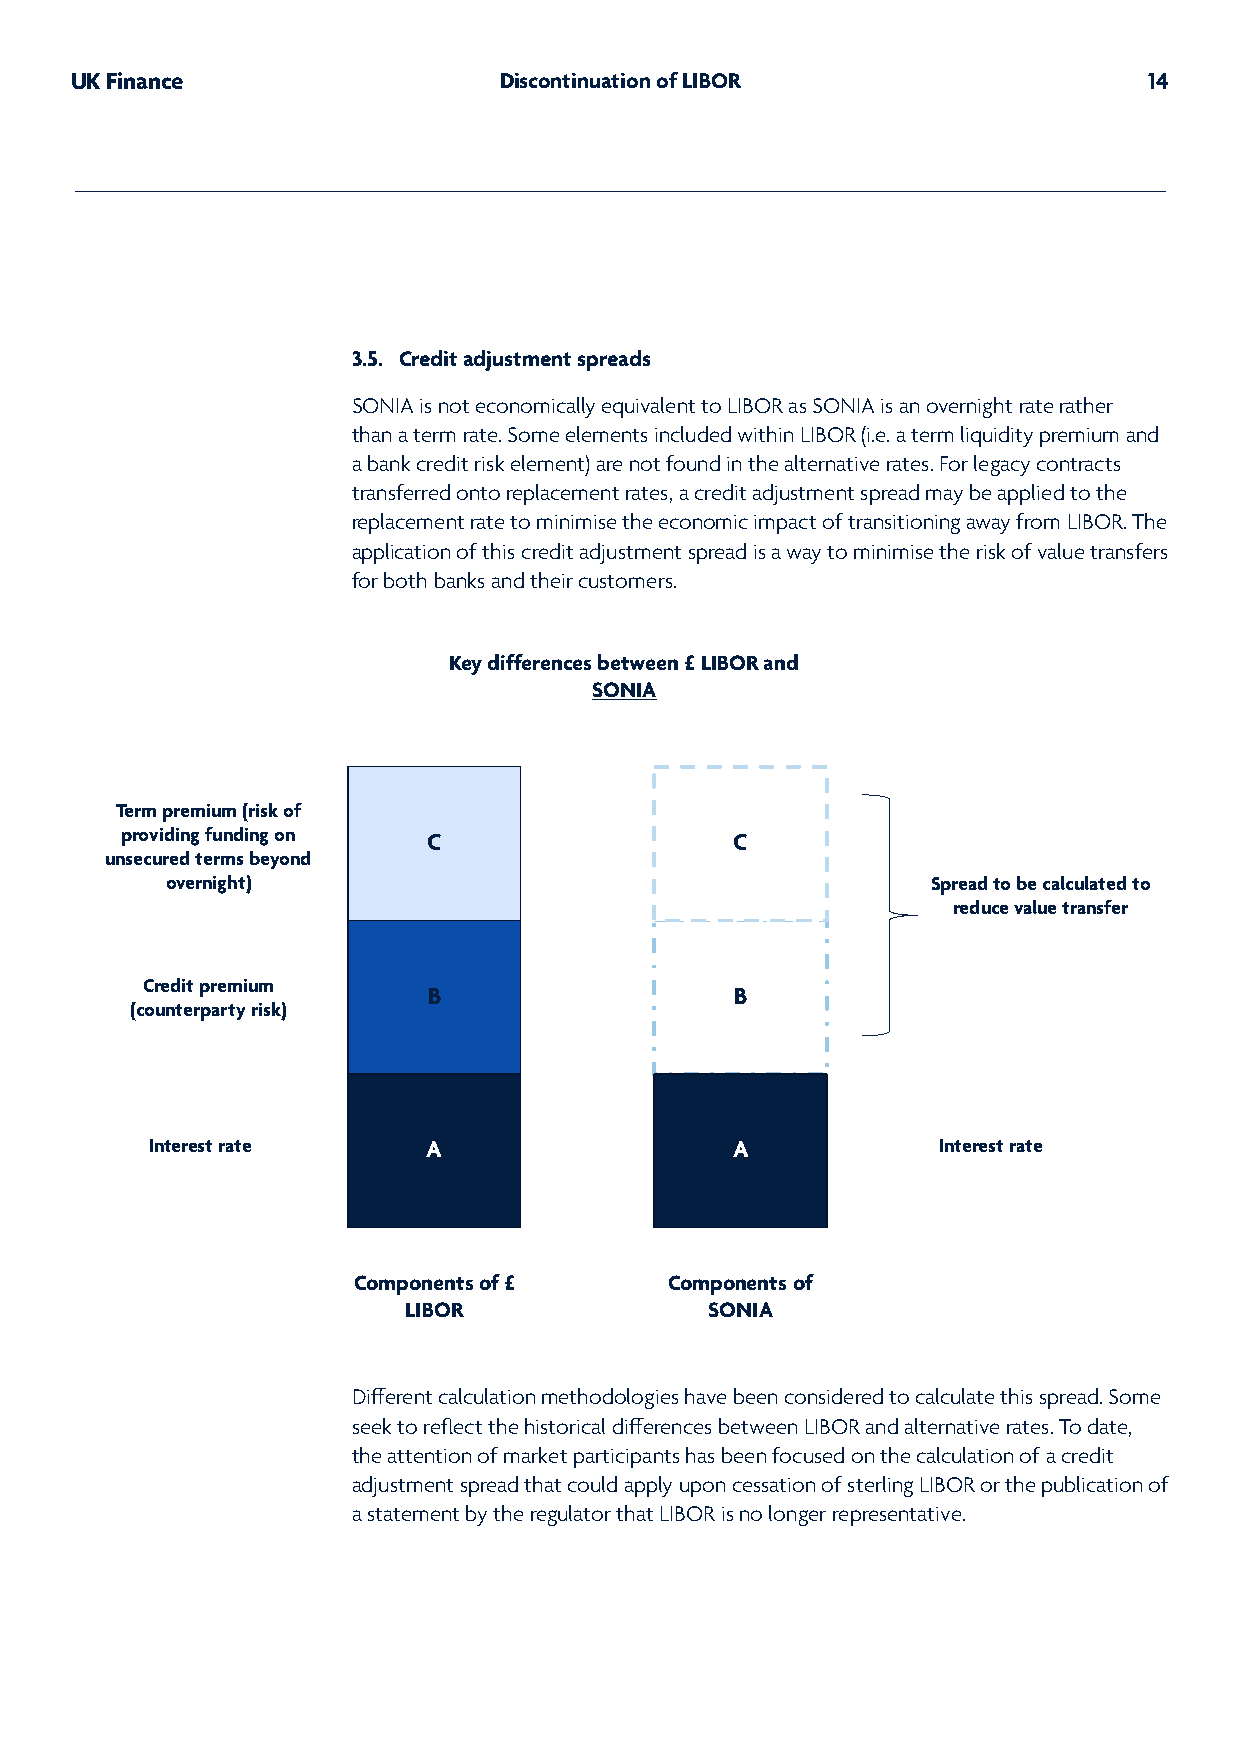
UK Finance                  Discontinuation of LIBOR                   14
 3.5. Credit adjustment spreads
 SONIA is not economically equivalent to LIBOR as SONIA is an overnight rate rather
 than a term rate. Some elements included within LIBOR (i.e. a term liquidity premium and
 a bank credit risk element) are not found in the alternative rates. For legacy contracts
 transferred onto replacement rates, a credit adjustment spread may be applied to the
 replacement rate to minimise the economic impact of transitioning away from LIBOR. The
 application of this credit adjustment spread is a way to minimise the risk of value transfers
 for both banks and their customers.
 Key differences between £ LIBOR and
 SONIA
 Term premium (risk of
 providing funding on C                  C
 unsecured terms beyond
 overnight)                                         Spread to be calculated to
 reduce value transfer
 Credit premium
 B                    B
 (counterparty risk)
 Interest rate     A                   A             Interest rate
 Components of £      Components of
 LIBOR               SONIA
 Different calculation methodologies have been considered to calculate this spread. Some
 seek to reflect the historical differences between LIBOR and alternative rates. To date,
 the attention of market participants has been focused on the calculation of a credit
 adjustment spread that could apply upon cessation of sterling LIBOR or the publication of
 a statement by the regulator that LIBOR is no longer representative.